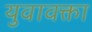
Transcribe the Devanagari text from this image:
युवावक्ता